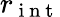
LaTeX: r_{\mathrm{~i~n~t~}}